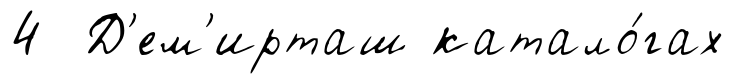
4 Д'ем'ирташ катало́гах